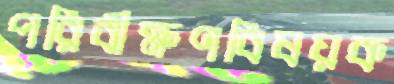
পরিবীক্ষণবিষয়ক